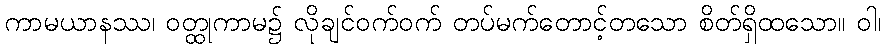
ကာမယာနဿ၊ ဝတ္ထုကာမ၌ လိုချင်ဝက်ဝက် တပ်မက်တောင့်တသော စိတ်ရှိထသော။ ဝါ၊